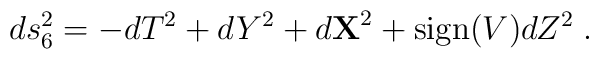
ds_6^2 = -dT^2+dY^2+d{\bf X}^2+{\rm sign}(V)dZ^2\; .